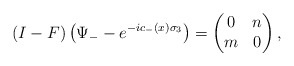
\begin{align*}(I-F)\left(\Psi_--e^{-ic_-(x)\sigma_3}\right) =\begin{pmatrix}0&n\\m&0\end{pmatrix}, \end{align*}